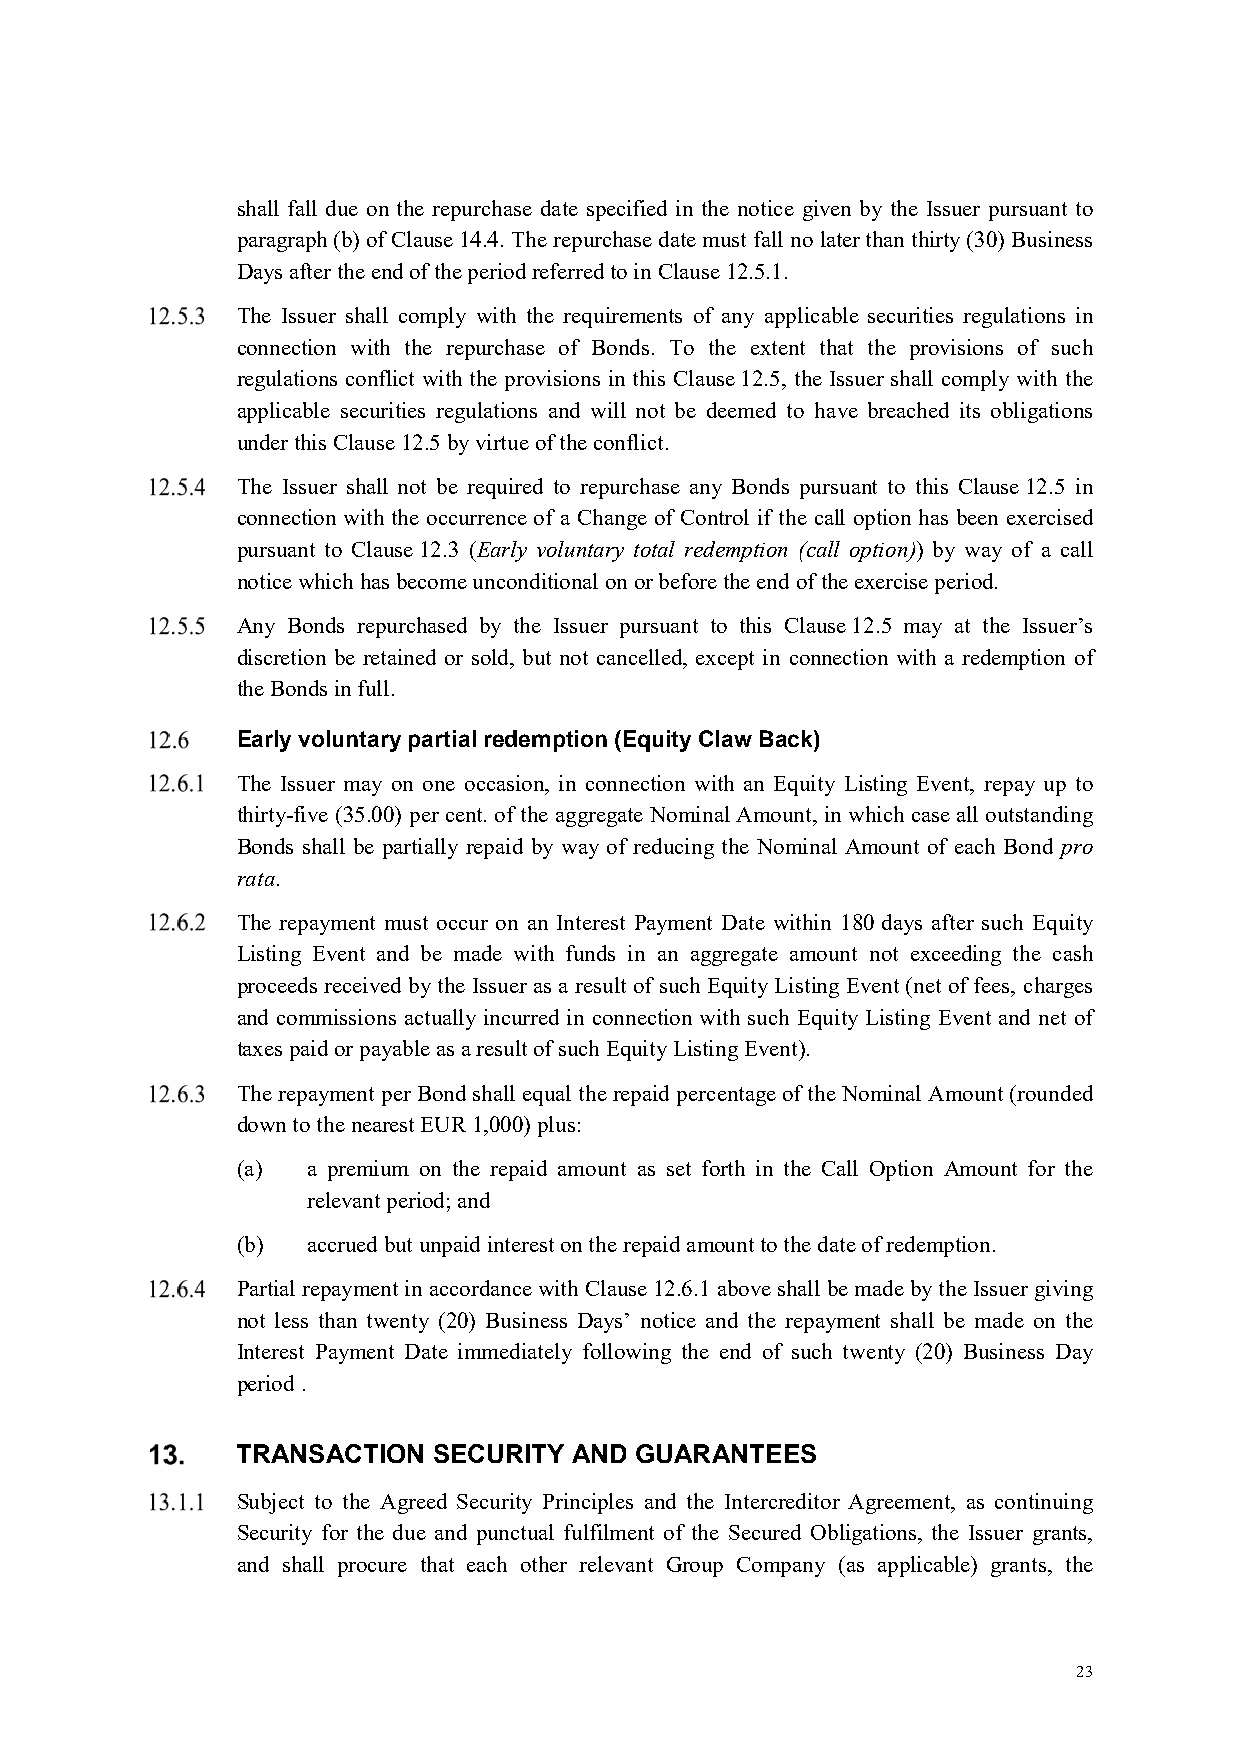
shall fall due on the repurchase date specified in the notice given by the Issuer pursuant to
 paragraph (b) of Clause 14.4. The repurchase date must fall no later than thirty (30) Business
 Days after the end of the period referred to in Clause 12.5.1.
 The Issuer shall comply with the requirements of any applicable securities regulations in
 connection with the repurchase of Bonds. To the extent that the provisions of such
 regulations conflict with the provisions in this Clause 12.5, the Issuer shall comply with the
 applicable securities regulations and will not be deemed to have breached its obligations
 under this Clause 12.5 by virtue of the conflict.
 The Issuer shall not be required to repurchase any Bonds pursuant to this Clause 12.5 in
 connection with the occurrence of a Change of Control if the call option has been exercised
 pursuant to Clause 12.3 (Early voluntary total redemption (call option)) by way of a call
 notice which has become unconditional on or before the end of the exercise period.
 Any Bonds repurchased by the Issuer pursuant to this Clause 12.5 may at the Issuer’s
 discretion be retained or sold, but not cancelled, except in connection with a redemption of
 the Bonds in full.
 Early voluntary partial redemption (Equity Claw Back)
 The Issuer may on one occasion, in connection with an Equity Listing Event, repay up to
 thirty-five (35.00) per cent. of the aggregate Nominal Amount, in which case all outstanding
 Bonds shall be partially repaid by way of reducing the Nominal Amount of each Bond pro
 rata.
 The repayment must occur on an Interest Payment Date within 180 days after such Equity
 Listing Event and be made with funds in an aggregate amount not exceeding the cash
 proceeds received by the Issuer as a result of such Equity Listing Event (net of fees, charges
 and commissions actually incurred in connection with such Equity Listing Event and net of
 taxes paid or payable as a result of such Equity Listing Event).
 The repayment per Bond shall equal the repaid percentage of the Nominal Amount (rounded
 down to the nearest EUR 1,000) plus:
 (a) a premium on the repaid amount as set forth in the Call Option Amount for the
 relevant period; and
 (b) accrued but unpaid interest on the repaid amount to the date of redemption.
 Partial repayment in accordance with Clause 12.6.1 above shall be made by the Issuer giving
 not less than twenty (20) Business Days’ notice and the repayment shall be made on the
 Interest Payment Date immediately following the end of such twenty (20) Business Day
 period .
 TRANSACTION  SECURITY AND GUARANTEES
 Subject to the Agreed Security Principles and the Intercreditor Agreement, as continuing
 Security for the due and punctual fulfilment of the Secured Obligations, the Issuer grants,
 and shall procure that each other relevant Group Company (as applicable) grants, the
 23